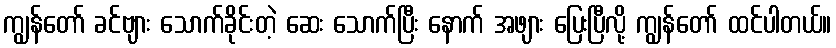
ကျွန်တော် ခင်ဗျား သောက်ခိုင်းတဲ့ ဆေး သောက်ပြီး နောက် အဖျား ပြေးပြီလို့ ကျွန်တော် ထင်ပါတယ်။